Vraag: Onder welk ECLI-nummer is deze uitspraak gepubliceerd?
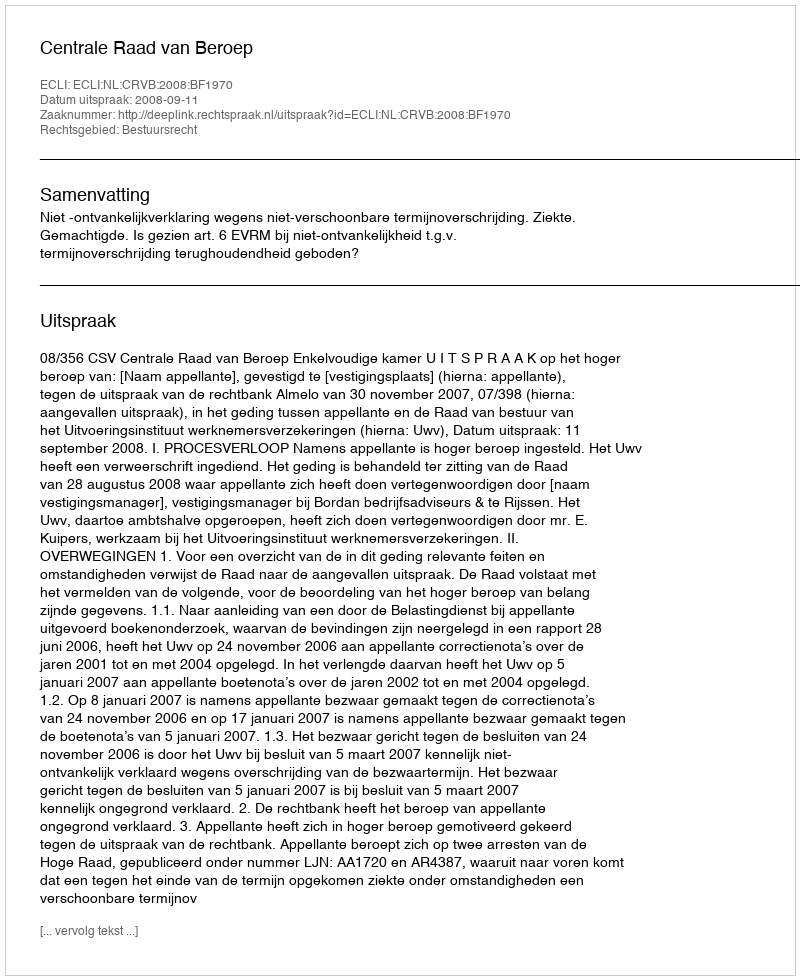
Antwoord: ECLI:NL:CRVB:2008:BF1970